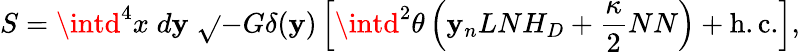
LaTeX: S=\intd^{4}x\; d\mathbf{y}\; \sqrt{}{{-G}}\delta(\mathbf{y})\left[\intd^{2}\theta\left(\mathbf{y}_{n}LNH_{D}+\frac{{\kappa}}{{2}}NN\right)+\mathrm{{h.c.}}\right],